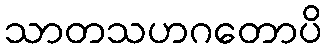
သာတသဟဂတောပိ